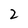
Character: 2